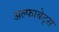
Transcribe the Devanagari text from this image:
अल्फाबेट्स